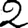
Digit: 2